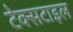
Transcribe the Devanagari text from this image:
टेक्‍सटाइल